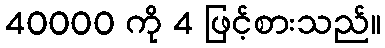
40000 ကို 4 ဖြင့်စားသည်။